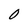
Character: 0